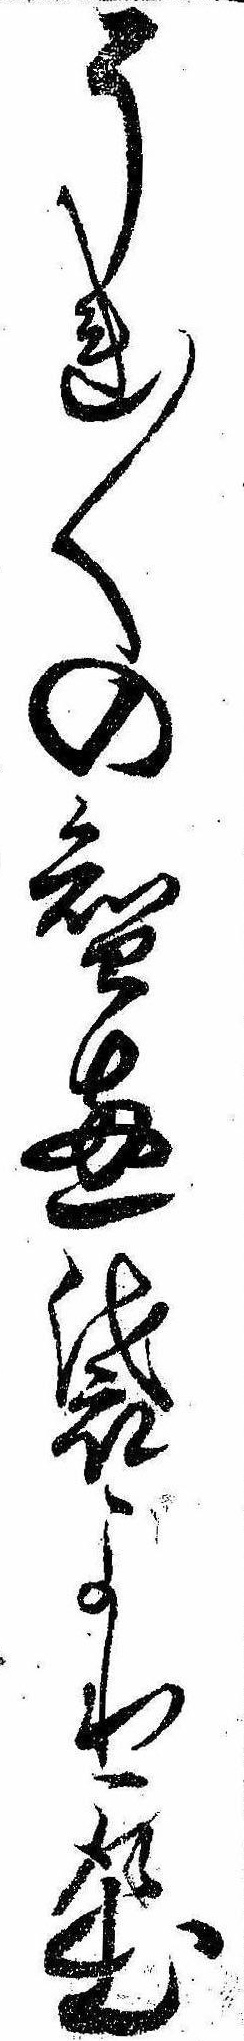
それ〱の知恵袋より取出